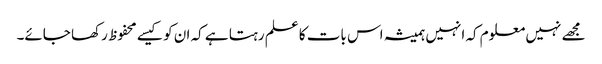
مجھے نہیں معلوم کہ انہیں ہمیشہ اس بات کا علم رہتا ہے کہ ان کو کیسے محفوظ رکھا جائے۔